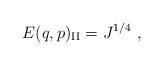
LaTeX: \begin{align*}E(q,p)_{\rm {II}} = J^{1/4} \ ,\end{align*}